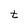
Character: t